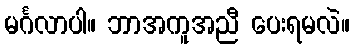
မင်္ဂလာပါ။ ဘာအကူအညီ ပေးရမလဲ။